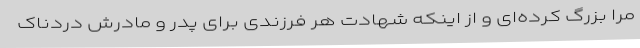
مرا بزرگ کرده‌ای و از اینکه شهادت هر فرزندی برای پدر و مادرش دردناک